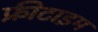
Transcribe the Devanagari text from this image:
फ्रीटाइम